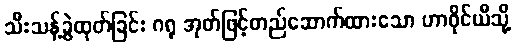
သီးသန့်ခွဲထုတ်ခြင်း ဂရု အုတ်ဖြင့်တည်ဆောက်ထားသော ဟာဝိုင်ယီသို့